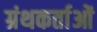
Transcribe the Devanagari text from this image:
ग्रंथकर्ताओं